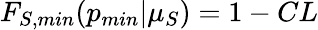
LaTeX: F_{S,min}(p_{min}|\mu_{S})=1-CL